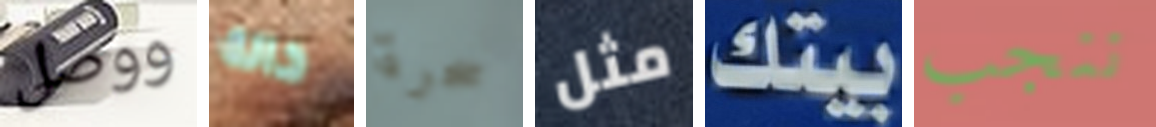
ووصل حالة سحرة مثل بيتك ننجب